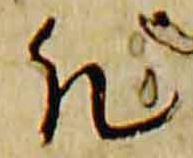
然